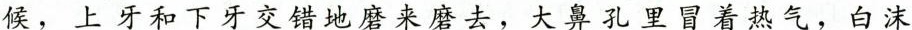
候，上牙和下牙交错地磨来磨去，大鼻孔里冒着热气，白沫